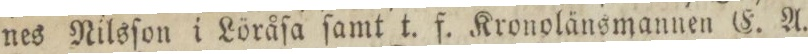
nes Nilsſon i Löråſa ſamt t. f. Kronolänsmannen E. A.